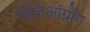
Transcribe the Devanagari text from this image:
ज़ेलिआंग्रौंग